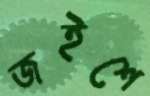
জইশে